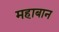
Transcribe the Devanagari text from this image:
महाबान